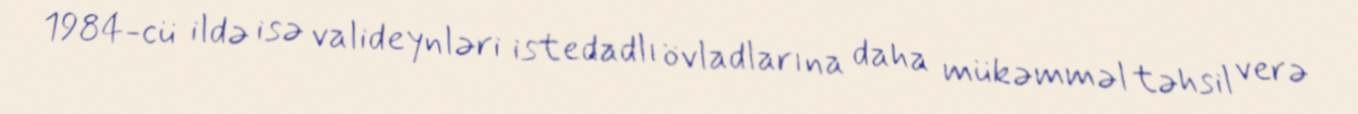
1984-cü ildə isə valideynləri istedadlı övladlarına daha mükəmməl təhsil verə